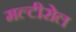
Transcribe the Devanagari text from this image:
मल्टीरोल